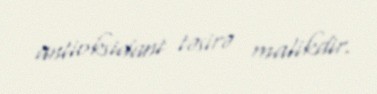
antioksidant təsirə malikdir.